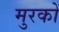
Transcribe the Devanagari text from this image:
मुरकों